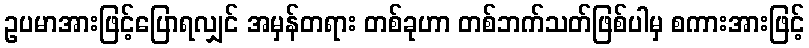
ဥပမာအားဖြင့်ပြောရလျှင် အမှန်တရား တစ်ခုဟာ တစ်ဘက်သတ်ဖြစ်ပါမှ စကားအားဖြင့်